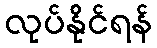
လုပ်နိုင်ရန်